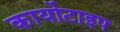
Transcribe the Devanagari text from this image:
कार्योटाइप